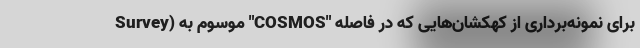
Survey) موسوم به "COSMOS" برای نمونه‌برداری از کهکشان‌هایی که در فاصله